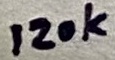
Text: 120k